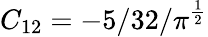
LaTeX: C_{12}=-5/32/\pi^{\frac{1}{2}}